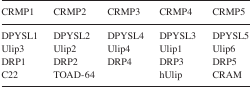
| CRMP1 | CRMP2 | CRMP3 | CRMP4 | CRMP5 |
 | --- | --- | --- | --- | --- |
 | DPYSL1 | DPYSL2 | DPYSL4 | DPYSL3 | DPYSL5 |
 | Ulip3 | Ulip2 | Ulip4 | Ulip1 | Ulip6 |
 | DRP1 | DRP2 | DRP4 | DRP3 | DRP5 |
 | C22 | TOAD-64 |  | hUlip | CRAM |